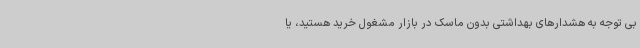
بی توجه به هشدارهای بهداشتی بدون ماسک در بازار مشغول خرید هستید، یا